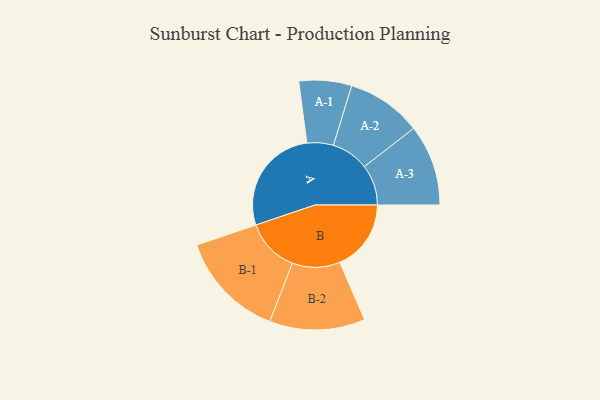
{"axis": {"x": "Segment", "y": "Value"}, "legend": ["", "A", "B"], "data": [{"x": "A", "y": 465, "type": ""}, {"x": "B", "y": 306, "type": ""}, {"x": "A-1", "y": 113, "type": "A"}, {"x": "A-2", "y": 161, "type": "A"}, {"x": "A-3", "y": 174, "type": "A"}, {"x": "B-1", "y": 230, "type": "B"}, {"x": "B-2", "y": 205, "type": "B"}]}